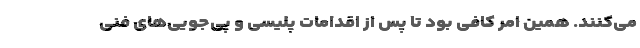
می‌کنند. همین امر کافی بود تا پس از اقدامات پلیسی و پی‌جویی‌های فنی